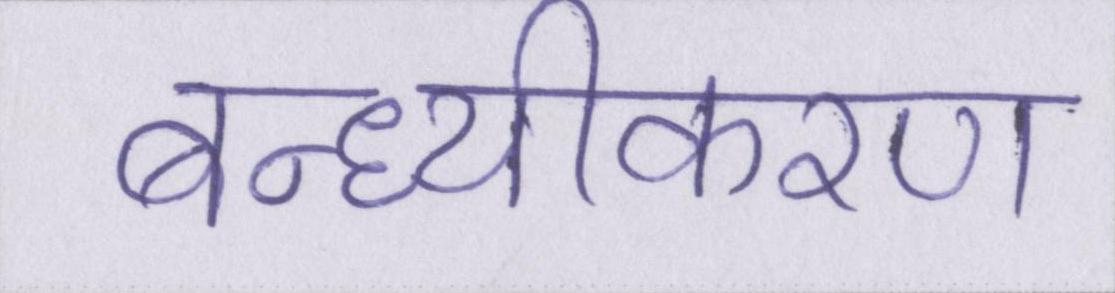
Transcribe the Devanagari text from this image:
बन्ध्यीकरण